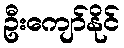
ဦးကျော်နိုင်